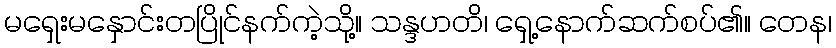
မရှေးမနှောင်းတပြိုင်နက်ကဲ့သို့။ သန္ဒဟတိ၊ ရှေ့နောက်ဆက်စပ်၏။ တေန၊